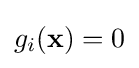
g_{i}({\bf {x}})=0